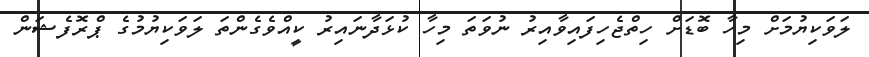
ލަވަކިޔުމަށް މިހާ ބޮޑަށް ހިތްޖެހިފައިވާއިރު ނުވަތަ މިހާ ކުޅަދާނައިރު ކީއްވެގެންތަ ލަވަކިޔުމުގެ ޕްރޮފެޝަން